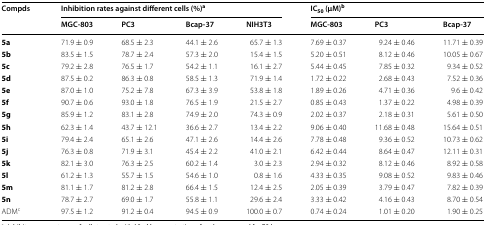
<table><thead><tr><td rowspan="2"><b>Compds</b></td><td colspan="4"><b>Inhibition rates against different cells (%)<sup>a</sup></b></td><td colspan="3"><b>IC<sub>50</sub> (μM)<sup>b</sup></b></td></tr><tr><td><b>MGC-803</b></td><td><b>PC3</b></td><td><b>Bcap-37</b></td><td><b>NIH3T3</b></td><td><b>MGC-803</b></td><td><b>PC3</b></td><td><b>Bcap-37</b></td></tr></thead><tbody><tr><td><b>5a</b></td><td>71.9 ± 0.9</td><td>68.5 ± 2.3</td><td>44.1 ± 2.6</td><td>65.7 ± 1.3</td><td>7.69 ± 0.37</td><td>9.24 ± 0.46</td><td>11.71 ± 0.39</td></tr><tr><td><b>5b</b></td><td>83.5 ± 1.5</td><td>78.7 ± 2.4</td><td>57.3 ± 2.0</td><td>15.4 ± 1.5</td><td>5.20 ± 0.51</td><td>8.12 ± 0.46</td><td>10.05 ± 0.67</td></tr><tr><td><b>5c</b></td><td>79.2 ± 2.8</td><td>76.5 ± 1.7</td><td>54.2 ± 1.1</td><td>16.1 ± 2.7</td><td>5.44 ± 0.45</td><td>7.85 ± 0.32</td><td>9.34 ± 0.52</td></tr><tr><td><b>5d</b></td><td>87.5 ± 0.2</td><td>86.3 ± 0.8</td><td>58.5 ± 1.3</td><td>71.9 ± 1.4</td><td>1.72 ± 0.22</td><td>2.68 ± 0.43</td><td>7.52 ± 0.36</td></tr><tr><td><b>5e</b></td><td>87.0 ± 1.0</td><td>75.2 ± 7.8</td><td>67.3 ± 3.9</td><td>53.8 ± 1.8</td><td>1.89 ± 0.26</td><td>4.71 ± 0.36</td><td>9.6 ± 0.42</td></tr><tr><td><b>5f</b></td><td>90.7 ± 0.6</td><td>93.0 ± 1.8</td><td>76.5 ± 1.9</td><td>21.5 ± 2.7</td><td>0.85 ± 0.43</td><td>1.37 ± 0.22</td><td>4.98 ± 0.39</td></tr><tr><td><b>5g</b></td><td>85.9 ± 1.2</td><td>83.1 ± 2.8</td><td>74.9 ± 2.0</td><td>74.3 ± 0.9</td><td>2.02 ± 0.37</td><td>2.18 ± 0.31</td><td>5.61 ± 0.50</td></tr><tr><td><b>5h</b></td><td>62.3 ± 1.4</td><td>43.7 ± 12.1</td><td>36.6 ± 2.7</td><td>13.4 ± 2.2</td><td>9.06 ± 0.40</td><td>11.68 ± 0.48</td><td>15.64 ± 0.51</td></tr><tr><td><b>5i</b></td><td>79.4 ± 2.4</td><td>65.1 ± 2.6</td><td>47.1 ± 2.6</td><td>14.4 ± 2.6</td><td>7.78 ± 0.48</td><td>9.36 ± 0.52</td><td>10.73 ± 0.62</td></tr><tr><td><b>5j</b></td><td>76.3 ± 0.8</td><td>71.9 ± 3.1</td><td>45.4 ± 2.2</td><td>41.0 ± 2.1</td><td>6.42 ± 0.44</td><td>8.64 ± 0.47</td><td>12.11 ± 0.31</td></tr><tr><td><b>5k</b></td><td>82.1 ± 3.0</td><td>76.3 ± 2.5</td><td>60.2 ± 1.4</td><td>3.0 ± 2.3</td><td>2.94 ± 0.32</td><td>8.12 ± 0.46</td><td>8.92 ± 0.58</td></tr><tr><td><b>5l</b></td><td>61.2 ± 1.3</td><td>55.7 ± 1.5</td><td>54.6 ± 1.0</td><td>0.8 ± 1.6</td><td>4.33 ± 0.35</td><td>9.08 ± 0.52</td><td>9.83 ± 0.46</td></tr><tr><td><b>5m</b></td><td>81.1 ± 1.7</td><td>81.2 ± 2.8</td><td>66.4 ± 1.5</td><td>12.4 ± 2.5</td><td>2.05 ± 0.39</td><td>3.79 ± 0.47</td><td>7.82 ± 0.39</td></tr><tr><td><b>5n</b></td><td>78.7 ± 2.7</td><td>69.0 ± 1.7</td><td>55.8 ± 1.1</td><td>29.6 ± 2.4</td><td>3.33 ± 0.42</td><td>4.16 ± 0.43</td><td>8.70 ± 0.54</td></tr><tr><td>ADM<sup>c</sup></td><td>97.5 ± 1.2</td><td>91.2 ± 0.4</td><td>94.5 ± 0.9</td><td>100.0 ± 0.7</td><td>0.74 ± 0.24</td><td>1.01 ± 0.20</td><td>1.90 ± 0.25</td></tr></tbody></table>